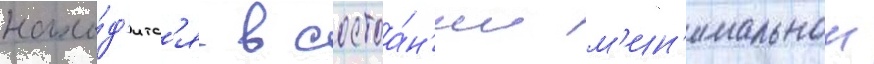
нахо́д'итс'я в состоа́н'ии м'ин'имальнои